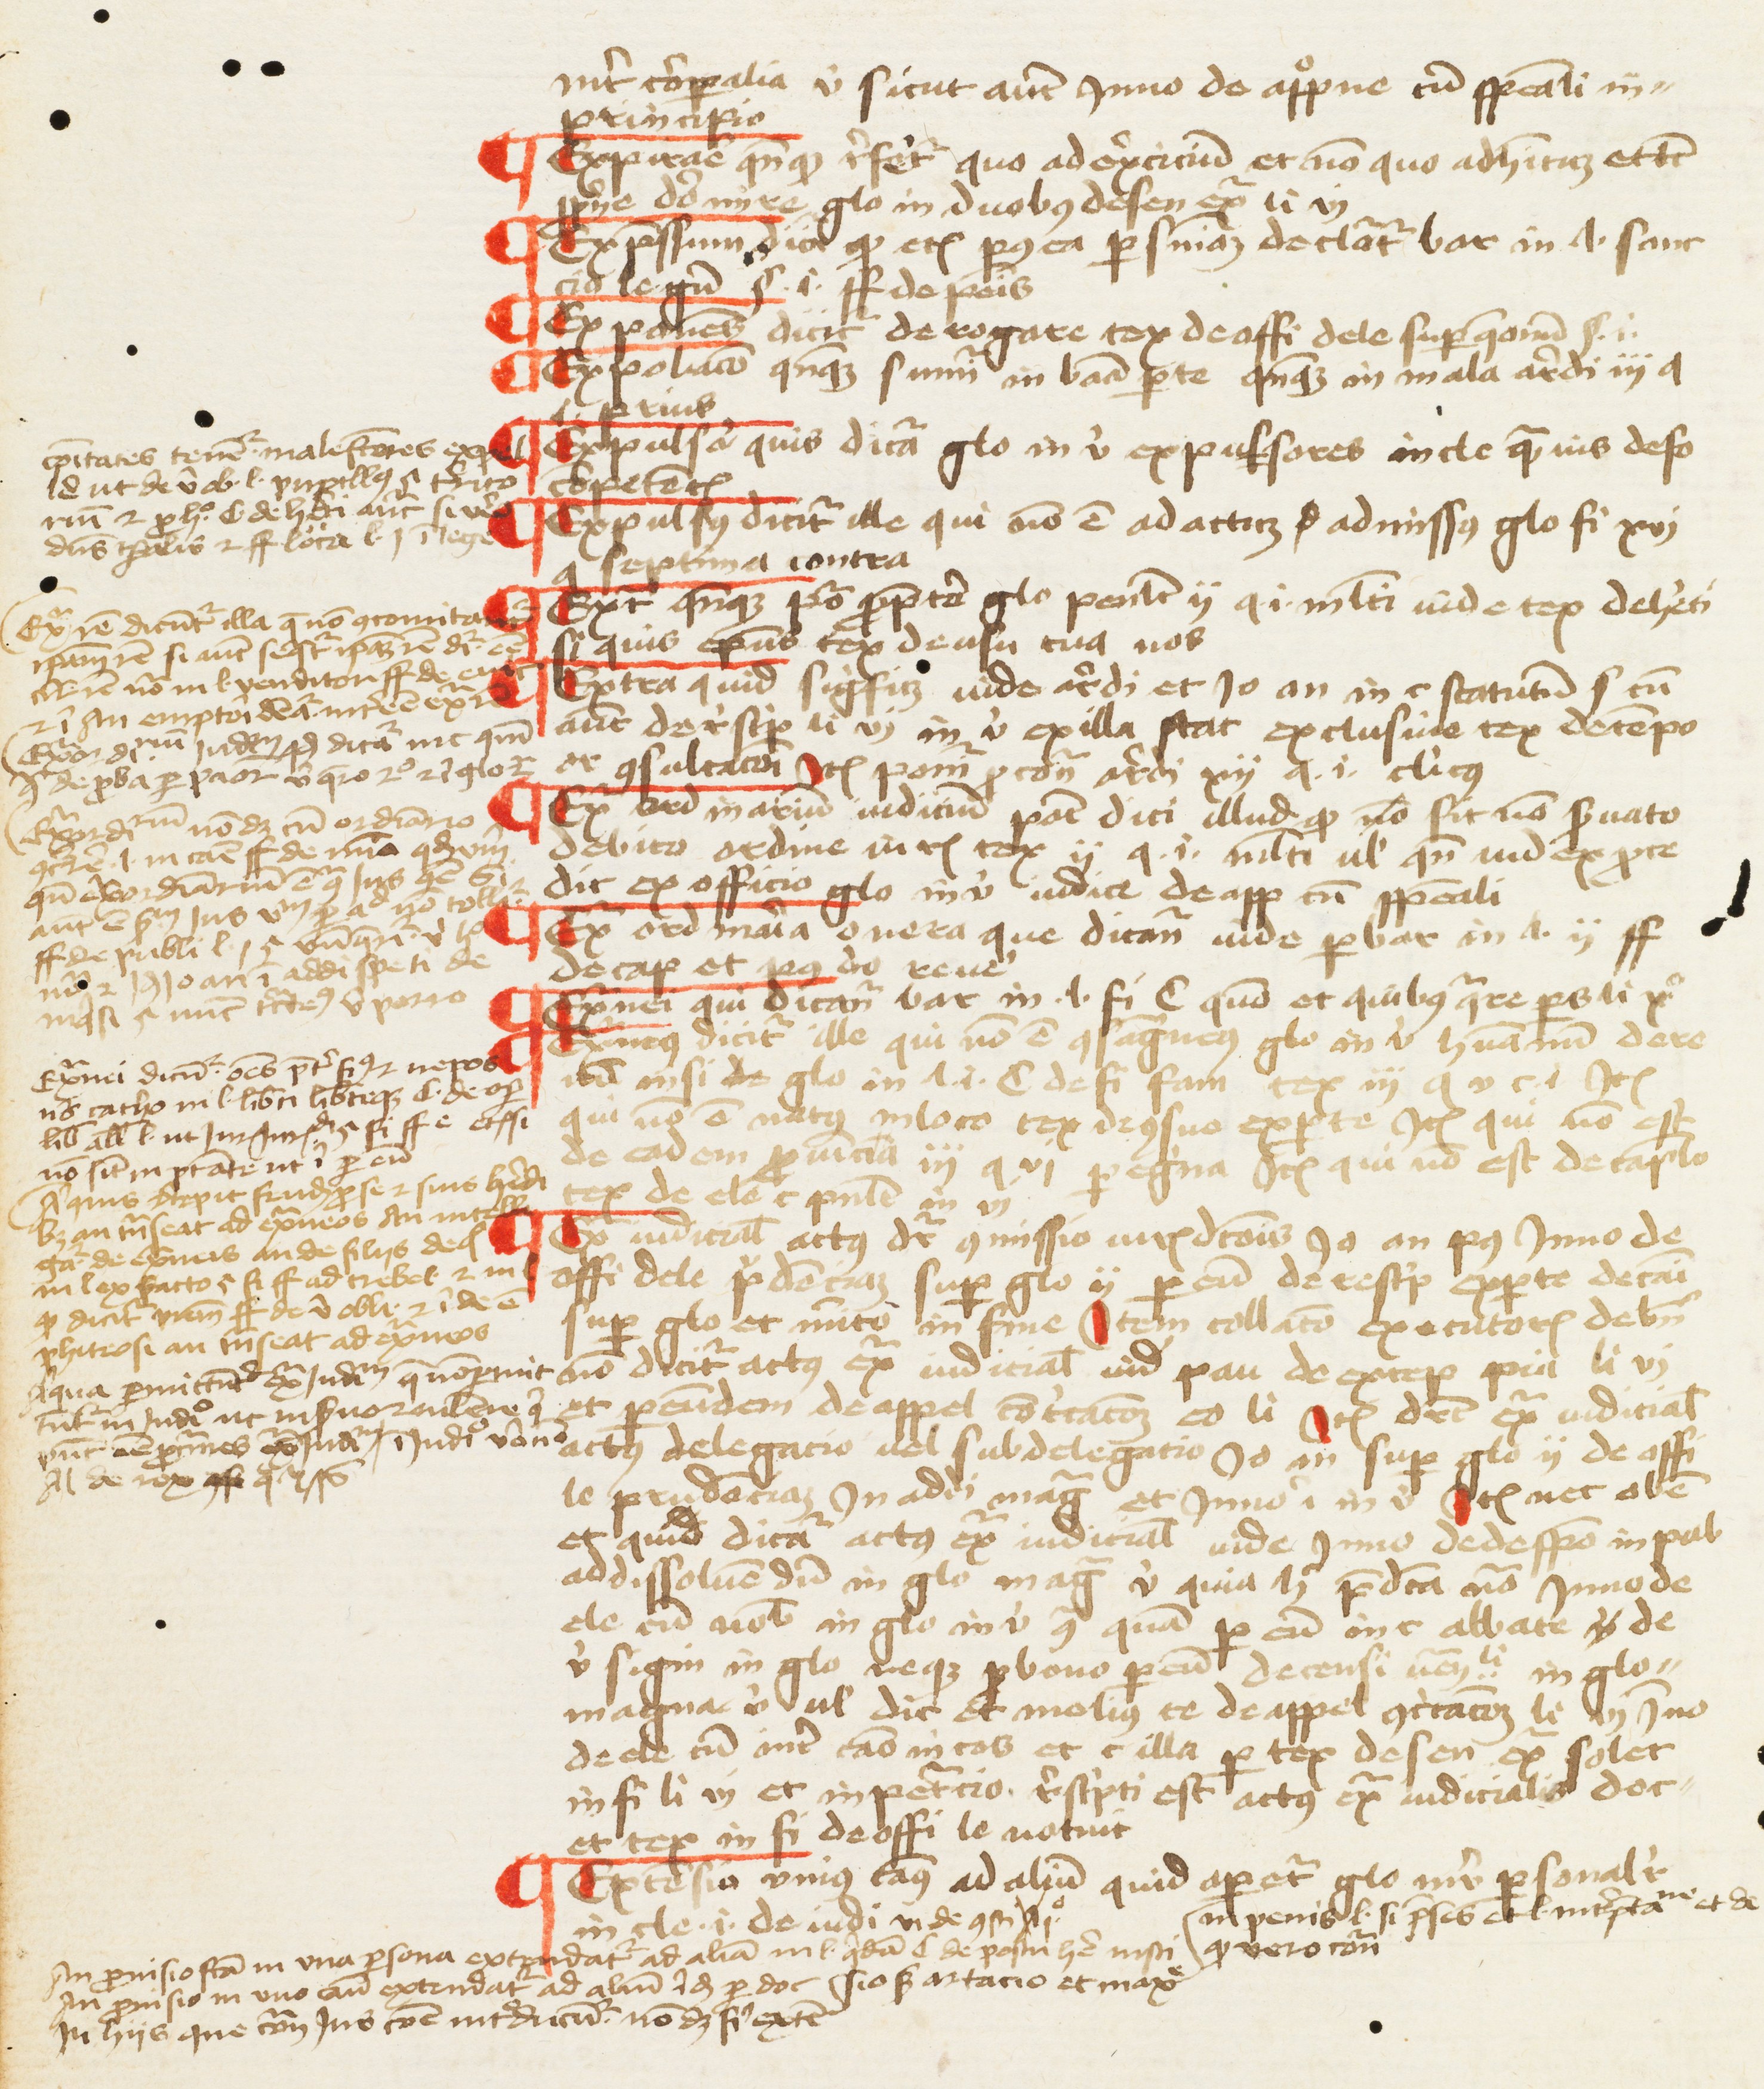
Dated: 1457–1457